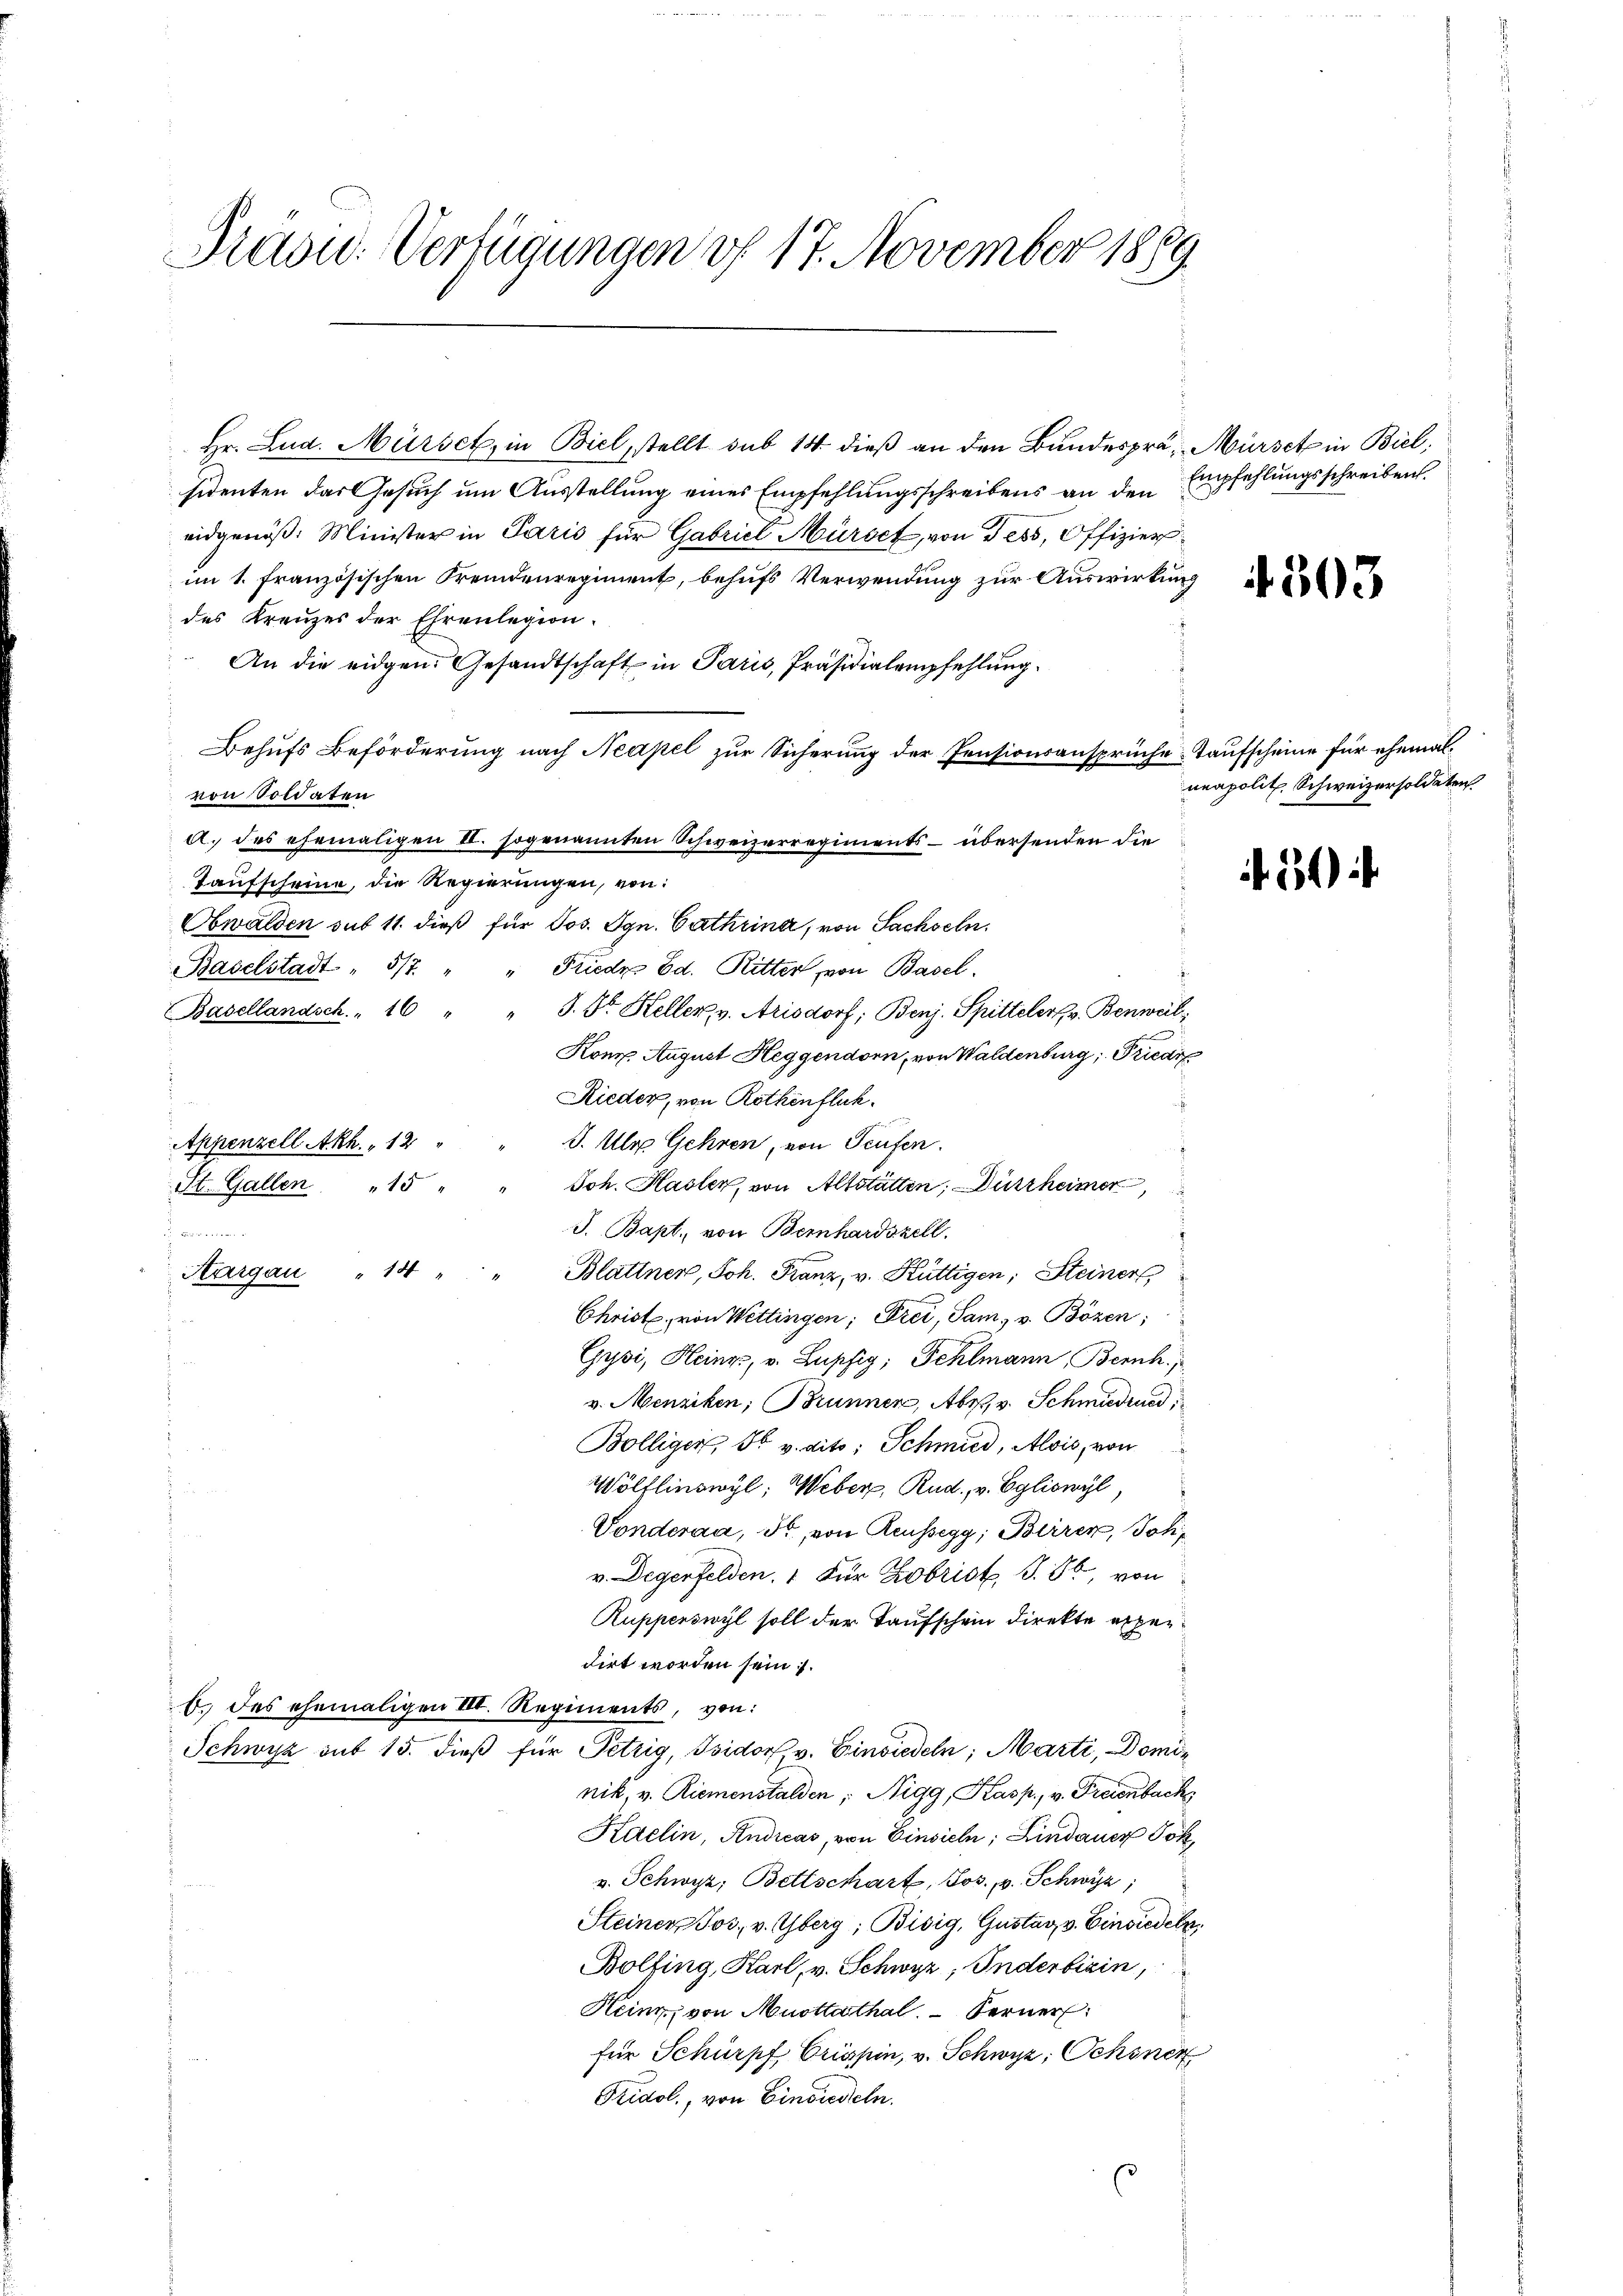
Präsid. Verfügungen v. 17. November 1889.

Hr. Lud. Mürsek, in Biel, stellt sub 14. dieß an den Bundesprä- Mürsch in Biel,
sidenten das Gesuch um Ausstellung eines Empfehlungsschreibens an den Empfehlungsschreiben.
eidgenöß: Minister in Paris für Gabriel Mürbet, von Tess, Offizier
im 1. Französischen Fremdenregiment, behufs Verwendung zur Auswirkung
des Kreuzes der Ehrenlegion.
An die eidgen. Gesandtschaft in Paris, Präsidialempfehlung
Behufs Beförderung nach Neapel zur Sicherung der Pensionsansprüche Taufscheine für ehemalvon Soldaten
a. des ehemaligen II. sogenannten Schweizerregiments - übersenden die
Taufscheine, die Regierungen, von:
Obwalden sub 11. dieß für Jos. Ign. Cathrina, von Sachseln.
Baselstadt " 5/7. " " Friedr. Ed. Ritter, von Basel.
Basellandsch. 16 " " J. Sr. Keller, v. Arisdorf; Benj. Spitteler, v. Benweil,
Kon August Heggendorn, von Waldenburg, Friedi
Rieder, von Rothenflik
Appenzell Akh. " 12 "
J. Ulr Gehren, von Teufen.
Joh. Hasler, von Altstatten, Dürrheimer
St. Gallen " 15 "
s
J. Bapt. von Bernhardszell.
 ........
Aargau " 14
Blattner, Joh. Franz, v. Hüttigen; Steiner
Christe, von Wettingen; Frei, Sam, v. Bözen;
Gysi, Heines, v. Lupfig, Fehlmann, Bernh
v. Menziken, Brunnen, Abs. v. Schmidrued
Bölliger, Fr. v. dito; Schmied, Alois, von
Wölflinswyl, Weber, Rud. v. Egliswyl,
Vonderaa, Fr., von Reussegg, Birrer, Joh.
v. Degerfelden. 1 für Kobrist S. 86, von
Rupperswyl soll der Taufschein direkte experdirt worden sein.
b. des ehemaligen III. Regiments, von:
Schwyz sub 15. dieß für Petzig, Isidorf, v. Einsiedeln, Marti, Dominik, v. Riemenstalden; Nigg, Kasp., v. Freienbach
Kaelin, Andreas, von Einsich, Lindauer Jok
v. Schwyz, Bettschart, Jos. v. Schwyz,
Steiner Jos. v. Oberg; Bisig, Gustav v. Einsiedeln,
Bolfing, Karl, v. Schwyz, Inderbisin,
Heinz, von Muottathal. Ferner
für Schurpf Crissin, v. Schwyz, Ochsner
Fridol., von Einsiedeln.

.

4503

neapolit. Schweizersoldaten.

.24)